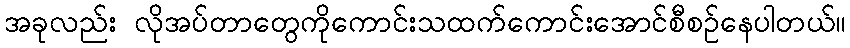
အခုလည်း လိုအပ်တာတွေကိုကောင်းသထက်ကောင်းအောင်စီစဉ်နေပါတယ်။